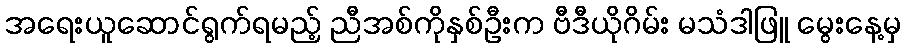
အရေးယူဆောင်ရွက်ရမည့် ညီအစ်ကိုနှစ်ဦးက ဗီဒီယိုဂိမ်း မသံဒါဖြူ မွေးနေ့မှ